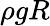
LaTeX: \rho gR